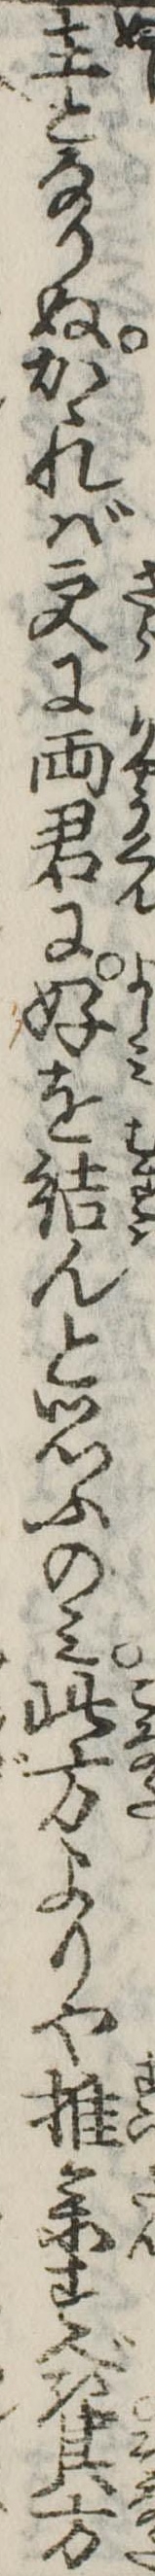
主となりぬかゝれば更に両君に好を結んと思ふのみ此方よりや推参すべき其方